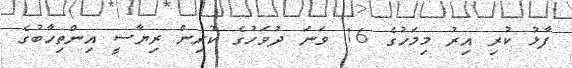
ފާޅު ކުރި އިރު މިމަހުގެ 16 ވަނަ ދުވަހުގެ ކުރިން ރިޔާސީ އިންތިހާބުގެ